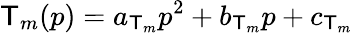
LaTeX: \mathsf{T}_{m}(p)=a_{\mathsf{T}_{m}}p^{2}+b_{\mathsf{T}_{m}}p+c_{\mathsf{T}_{m}}